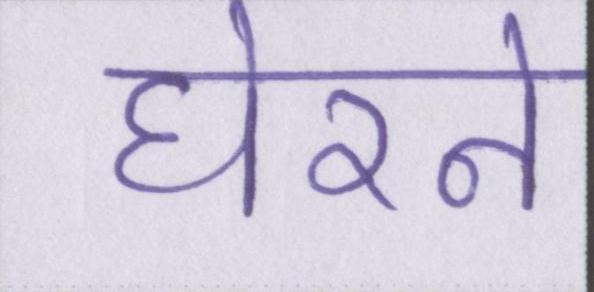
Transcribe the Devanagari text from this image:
घेरने